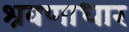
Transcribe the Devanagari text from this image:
श्रवणाधार